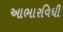
આભારવિધી